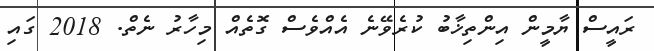
ރައީސް ޔާމީން އިންތިޚާބު ކުރެވޭނެ އެއްވެސް ގޮތެއް މިހާރު ނެތް. 2018 ގައި